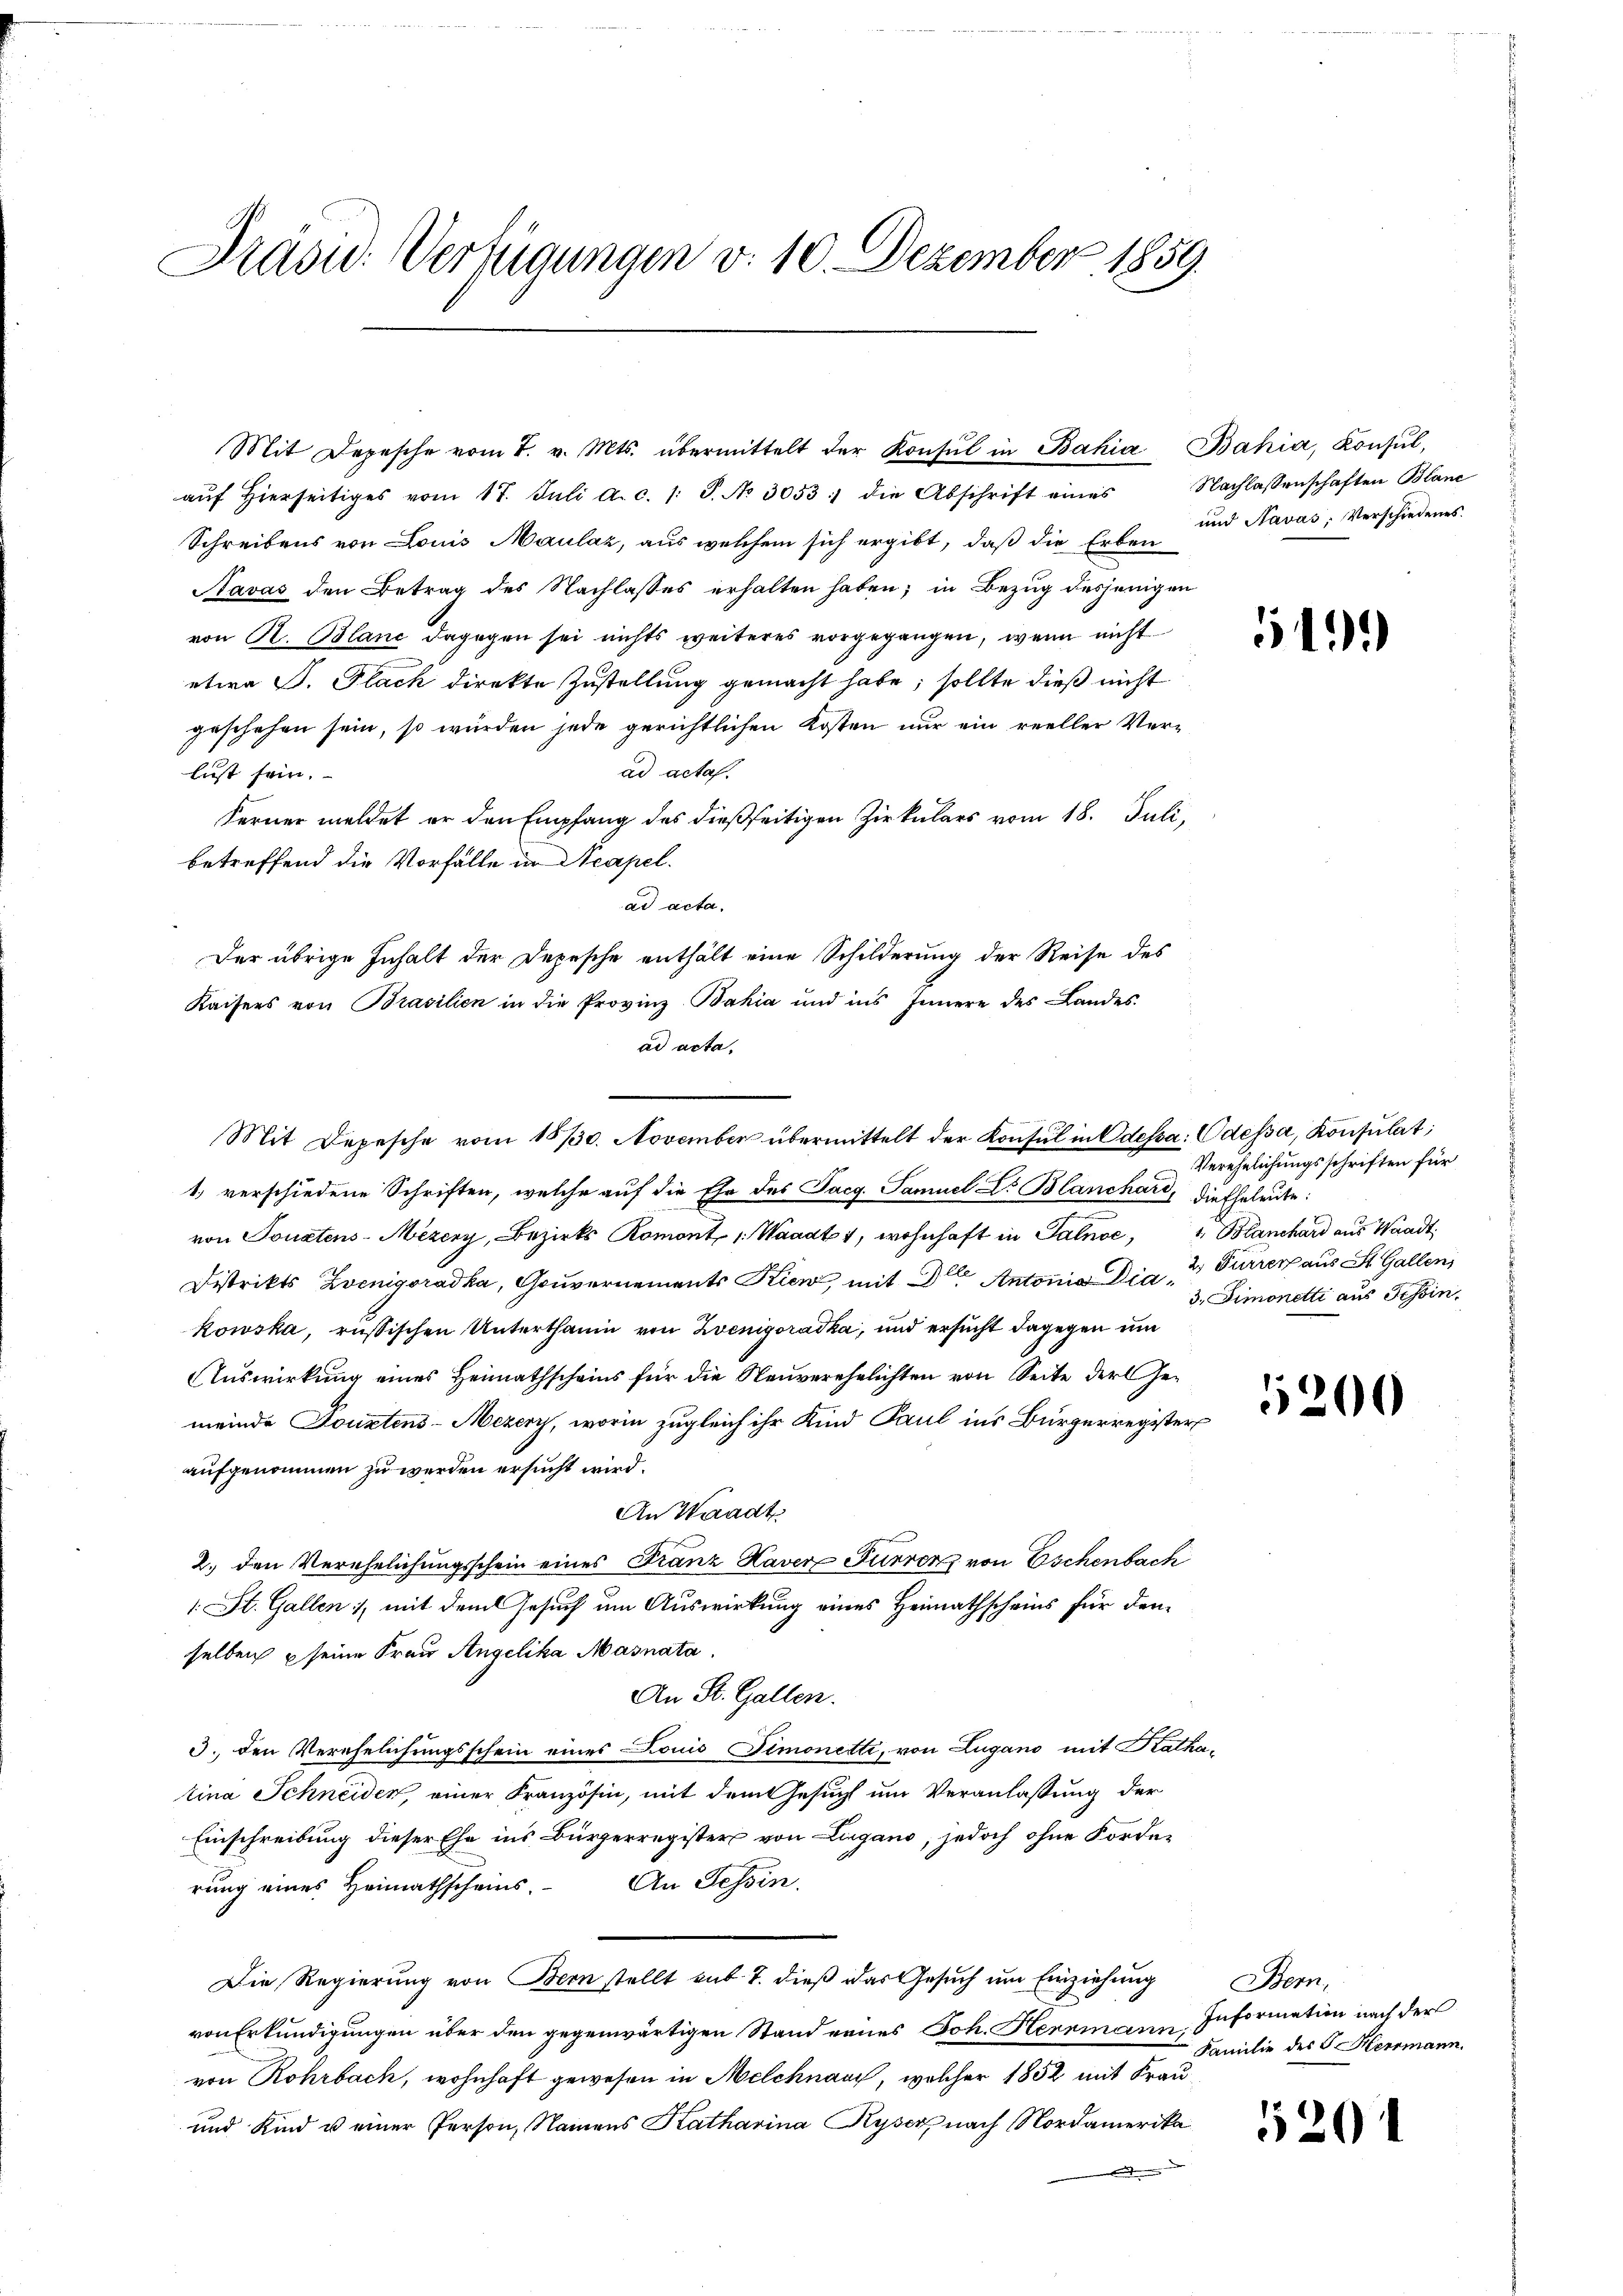
Präsid. Verfügungen v. 10. Dezember 1859.

aŭf hierseitiges vom 17. Juli a.c. /: P. No 3053 :/ die Abschrift eines Nachlassenschaften Blanc
Schreibens von Louis Maulaz, aus welchem sich ergibt, daß die Erben
Navas den Betrag des Nachlasses erhalten haben; in Bezug desjenigen
von R. Blanc dagegen sei nichts weiteres vorgegangen, wenn nicht
etwa S. Flach direkte Zustellung gemacht habe; sollte dieß nicht
geschehen sein, so würden jede gerichtlichen Kosten nur ein reeller Verad acta.
lust sein.
Ferner meldet er den Empfang des dießseitigen Zirkulars vom 18. Juli,
betreffend die Vorfälle in Neapel.
ad acta.
Der übrige Inhalt der Depesche enthält eine Schilderung der Reise des
Kaisers von Brasilien in die Provinz Bahia und ins Innere des Landes-
ad acta.
Mit Depesche vom 18/30. November übermittelt der Konsul in Odessa: Odessa, Konsulat;
1) verschiedene Schriften, welche auf die Ehe des Pacg. Samuel Dr Blanchard, die Eheleute:
von Tonatens-Mezery, Bezirks Romont , Waadt 1, wohnhaft in Salnoe, 1 Blanchard aus Waadt
Distrikts Zwenigoradka, Gouvernements Kienz mit der Antonia Die Simonetti aus Tessin,
kowska, russischen Unterthanin von Zwenigoradka, und ersucht dagegen um
Auswirkung eines Heimathscheins für die Neuverehelichten von Seite der Gemeinde Douztens-Mezery, worin zugleich ihr Kind Paul ins Bürgerregister
aufgenommen zu werden ersucht wird.
An Waadt.
2. den Verehelichungsschein eines Franz Haver Furrenz von Eschenbach
1: St. Gallen, mit dem Gesuch um Auswirkung eines Heimathscheins für den
selben u seine Frau Angelika Masnata
An St. Gallen.
3. den Verehelichungsschein eines Louis Simonetti, von Lugano mit Rathatina Schneiden, einer Französin, mit dem Gesucht um Veranlassung der
Einschreibung dieser Ehe ins Bürgerregister von Lugano, jedoch ohne Forderung eines Heimathscheins. An Tessin.
Die Regierung von Bern stellt sub. 7. dieß das Gesuch um Einziehung
von Erkundigungen über den gegenwärtigen Stand eines Joh. Herrmann Information nach der
von Rohrbach, wohnhaft gewesen in Melchnau, welcher 1852 mit Frau¬
und Kind u einer Person, Namens Katharina Ryser nach Nordamerika

Mit Depesche vom 7. v. Mts. übermittelt der Konsul in Bahia Bahia, Konsul,

und Navas: Verschiedenes.

51

Verehelichungsschriften für
2. Furrer aus St. Gallen

5200

Bern,
Familie des F. Herrmann.

520